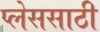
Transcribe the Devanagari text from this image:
प्लेससाठी